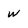
Character: W